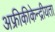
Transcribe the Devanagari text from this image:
अफ्रीकीकेन्द्रीयता